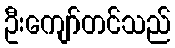
ဦးကျော်တင်သည်